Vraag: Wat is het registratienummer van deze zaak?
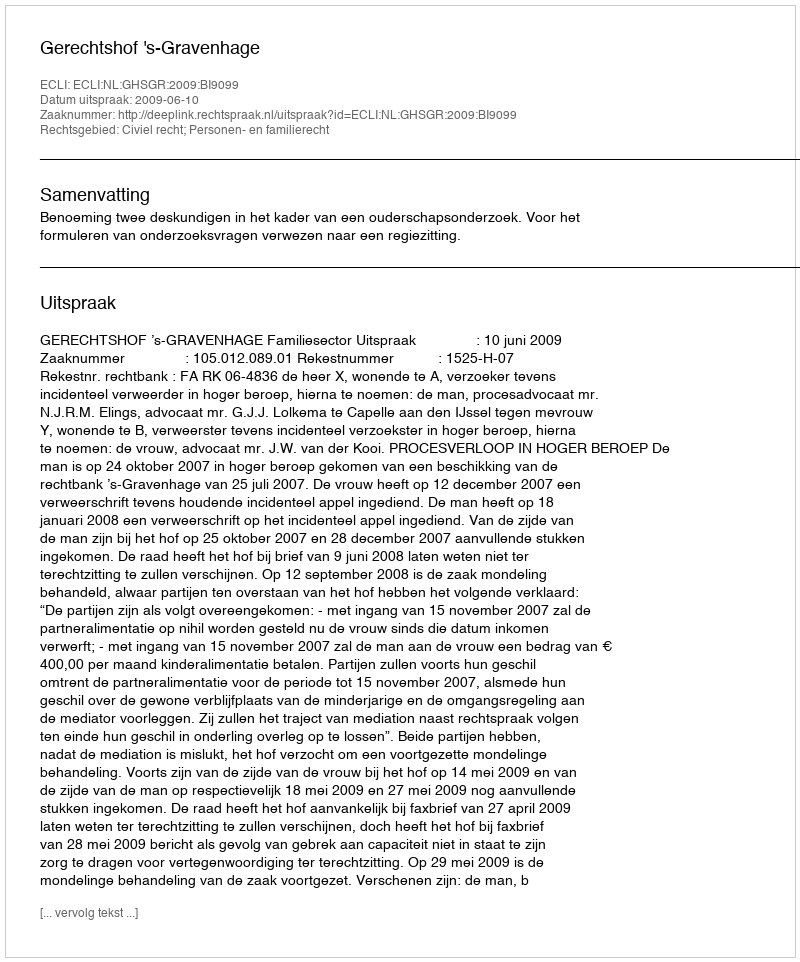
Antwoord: http://deeplink.rechtspraak.nl/uitspraak?id=ECLI:NL:GHSGR:2009:BI9099